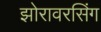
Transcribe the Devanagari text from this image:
झोरावरसिंग